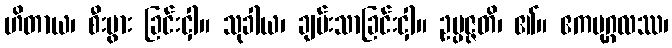
ဟိတာယ၊ စီးပွား ခြင်းငှါ။ သုခါယ၊ ချမ်းသာခြင်းငှါ။ ဥပ္ပဇ္ဇတိ၊ ၏။ ဧကပုဂ္ဂလဿ၊